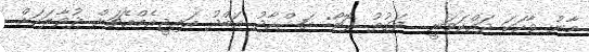
މާނު ވާހަކަ ދައްކަވަނީ  ވަގުތު ފޮޓޯ: އަޝްހާދު އަބްދު އައިޖީއެމްއެޗަށް ދުވާލަކަށް